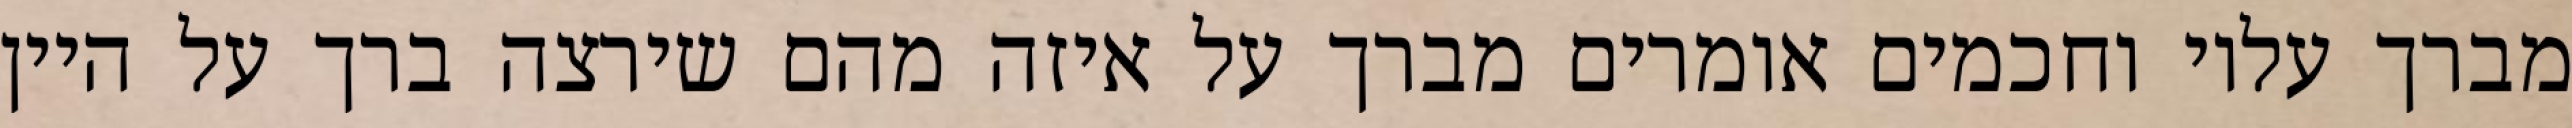
מברך עליו וחכמים אומרים מברך על איזה מהם שירצה ברך על היין